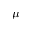
\mu